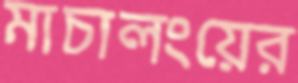
মাচালংয়ের